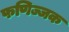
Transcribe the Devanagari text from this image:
फणिज्जक